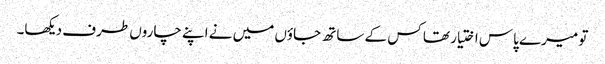
تو میرے پاس اختیار تھا کس کے ساتھ جاؤں میں نے اپنے چاروں طرف دیکھا۔